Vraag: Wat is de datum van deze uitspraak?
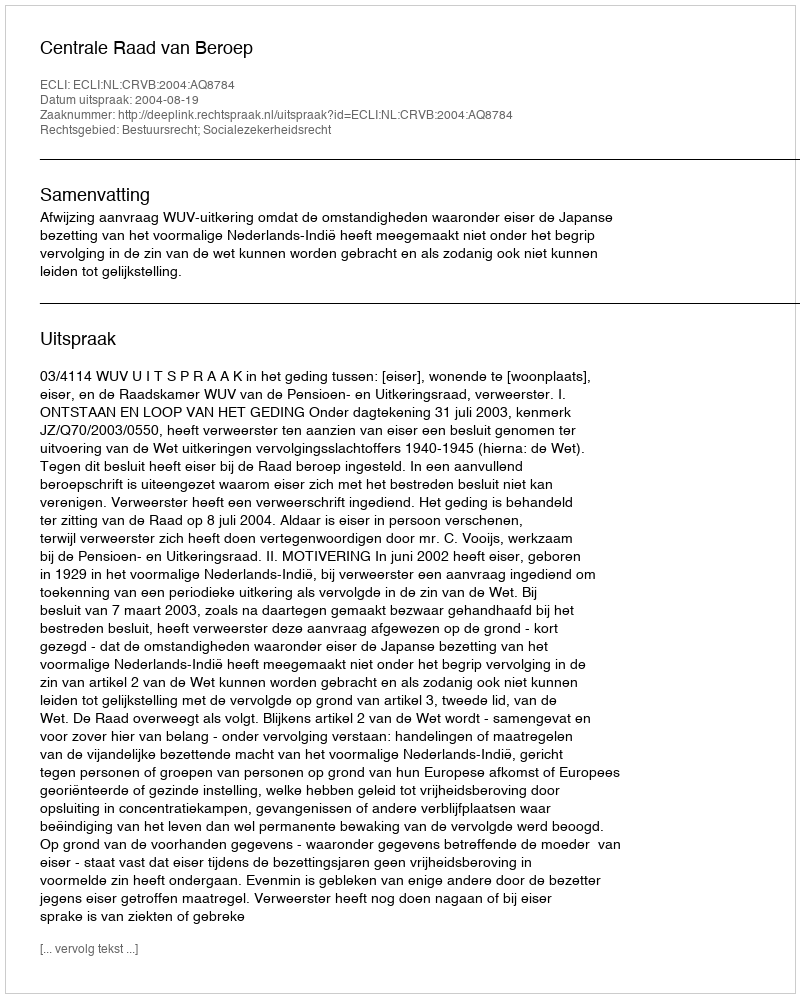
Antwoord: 2004-08-19